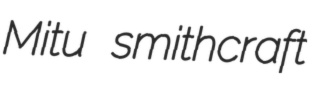
Mitu smithcraft